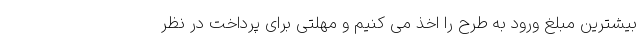
بیشترین مبلغ ورود به طرح را اخذ می کنیم و مهلتی برای پرداخت در نظر